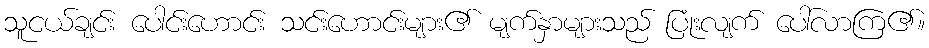
သူငယ်ချင်း ပေါင်းဟောင်း သင်းဟောင်းများ၏ မျက်နှာများသည် ပြုံးလျက် ပေါ်လာကြ၏။